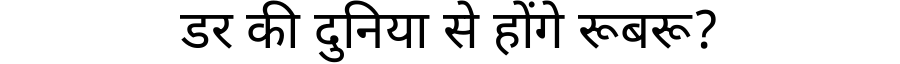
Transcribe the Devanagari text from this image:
डर की दुनिया से होंगे रूबरू?